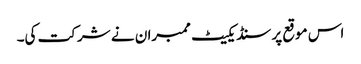
‌‌‌ اس موقع پر سنڈیکیٹ ممبرا ن نے شرکت کی۔